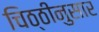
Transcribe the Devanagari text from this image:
चिठ्ठीनुसार